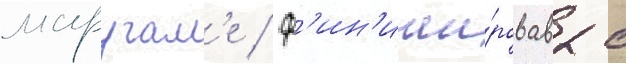
маругам'е / ф'ин'иши́ровав с